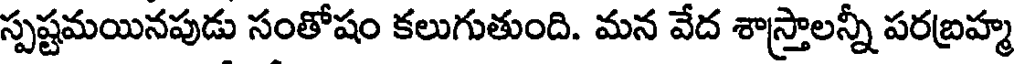
స్పష్టమయినపుడు సంతోషం కలుగుతుంది. మన వేద శాస్త్రాలన్నీ పరబ్రహ్మ